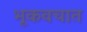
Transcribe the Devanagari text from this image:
भूकवचात